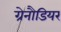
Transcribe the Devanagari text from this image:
ग्रेनौडियर